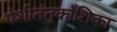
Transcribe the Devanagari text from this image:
पेशीतंतुकोशिका